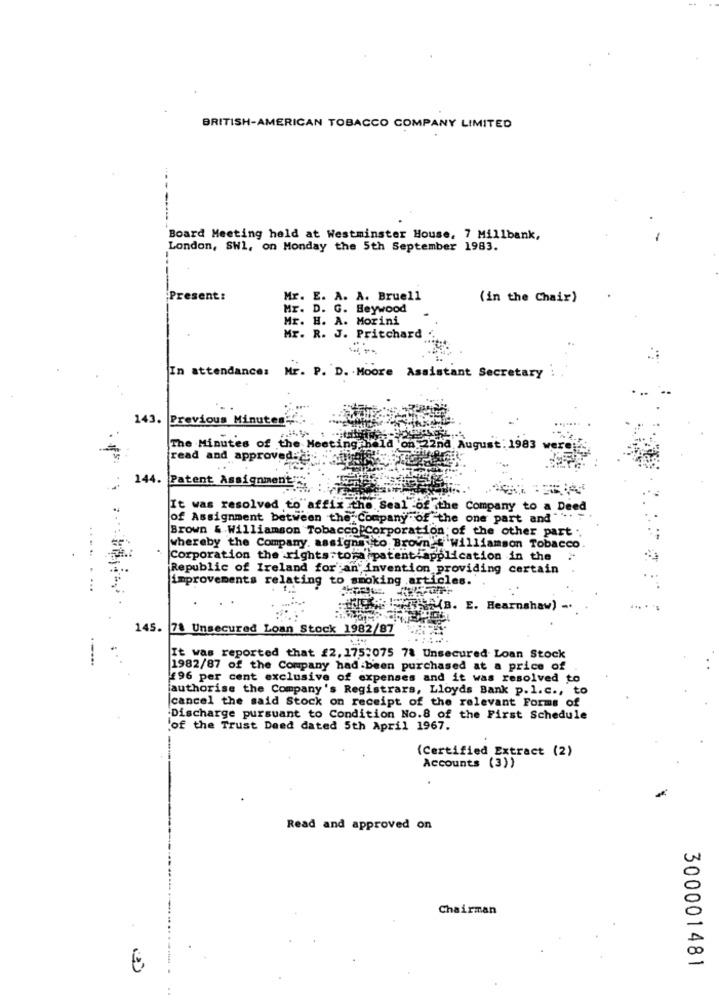
BRITISH-AMERICAN TOBACCO COMPANY LIMITED
Board Meeting held at Westminster House, 7 Millbank,
London, SW1, on Monday the 5th September 1983.
Present:
Mr. E. A. A. Bruell
(in the Chair)
Mr. D. G. Beywood
Mr. H. A. Morini
Mr. R. J. Pritchard
In attendance: Mr. P. D. Moore Assistant Secretary
143.
Previous Minutes
The Minutes of the Meeting held on 22nd August: 1983
read and approved: .:
144. Patent Assignment
It was resolved to affix the. Seal -of the Company to a Deed
of Assignment between the Company of the one part and "
Brown & Williamson Tobacco Corporation of the other part ..
whereby the Company, assigns ito Brown's williamson Tobacco
Corporation the rights to a patent application in the
Republic of Ireland for an' invention providing certain
improvements relating to smoking articles.
WARMB. E. Hearnshaw) -.
145. 78 Unsecured Loan Stock 1982/87
It was reported that £2, 175:075 78 Unsecured Loan Stock
1982/87 of the Company had been purchased at a price of
£96 per cent exclusive of expenses and it was resolved to
[authorise the Company's Registrars, Lloyds Bank p.l.c ., to
cancel the said Stock on receipt of the relevant Forms of
Discharge pursuant to Condition No.8 of the First Schedule
of the Trust Deed dated 5th April 1967.
(Certified Extract (2)
Accounts (3))
Read and approved on
Chairman
300001481